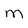
Character: M